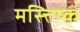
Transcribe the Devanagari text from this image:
मस्त्तिष्क